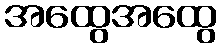
အထွေအထွေ